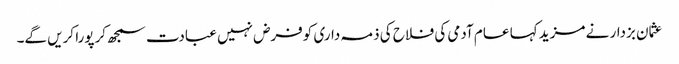
عثمان بزدار نے مزید کہا عام آدمی کی فلاح کی ذمہ داری کوفرض نہیں عبادت سمجھ کرپورا کریں گے۔